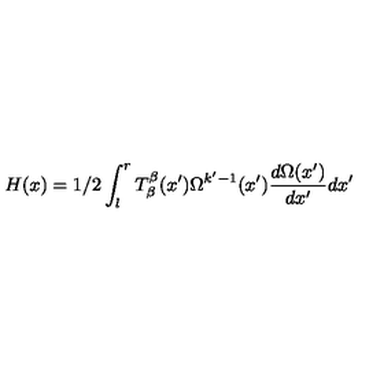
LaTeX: H ( x ) = 1 / 2 \int _ { l } ^ { r } T _ { \beta } ^ { \beta } ( x ^ { \prime } ) \Omega ^ { k ^ { \prime } - 1 } ( x ^ { \prime } ) \frac { d \Omega ( x ^ { \prime } ) } { d x ^ { \prime } } d x ^ { \prime }